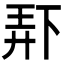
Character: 𫠯